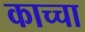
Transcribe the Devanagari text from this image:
काच्चा